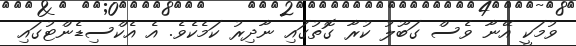
ވުމަކީ އޭނާ ވެސް ގަބޫލު ކުރާ ގޮތުގައި ނާދިރު ކަމެކެވެ. އެ އެކްސިޑެންޓުގައި